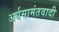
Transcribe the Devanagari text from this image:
अर्धसामंतवादी